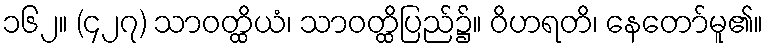
၁၆၂။ (၄၂၇) သာဝတ္ထိယံ၊ သာဝတ္ထိပြည်၌။ ဝိဟရတိ၊ နေတော်မူ၏။